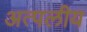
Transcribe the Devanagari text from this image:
अत्पलीय